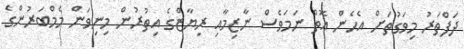
ދަފްތަރު މިވަގުތަށް އެހެން އޮތް ނަމަވެސް ނާޒިމާއި ރިޔާޒްގެ އިތުރުން މިނިވަން މެމްބަރުންގެ